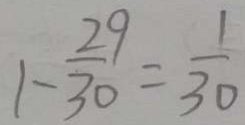
1 - \frac { 2 9 } { 3 0 } = \frac { 1 } { 3 0 }